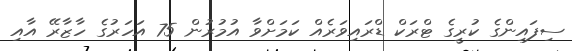
ސިފައިންގެ ކުރީގެ ޓްރަކް ޑްރައިވަރެއް ކަމަށްވާ އުމުރުން 75 އަހަރުގެ ހާޒާރޭ އާއި